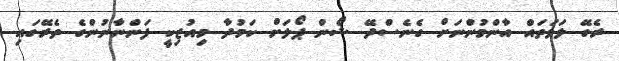
ރެގޭ ލަވަތައް އާންމުންނަށް ގެނެސްދޭ ޝޯން ޕޯލަށް ކަމުދާ މިއުޒިކީ ފަންނާނުންގެ ތެރޭގައި